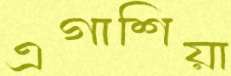
এগাশিয়া